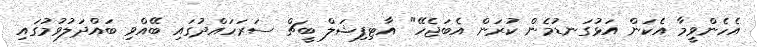
އެހެންވީމާ އެކަން އަޅުގަނޑުމެން ކުރަން އެބަޖެހޭ" އާޓިފިޝަލް ބީޗް ސަރަހައްދުގައި ބޭއްވި ބައްދަލުވުމުގައި